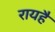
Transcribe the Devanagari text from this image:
रायहै